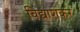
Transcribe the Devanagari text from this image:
विद्याशंकर